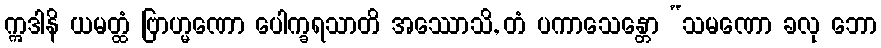
ဣဒါနိ ယမတ္ထံ ဗြာဟ္မဏော ပေါက္ခရသာတိ အဿောသိ, တံ ပကာသေန္တော “သမဏော ခလု ဘော